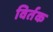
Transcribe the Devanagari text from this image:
विर्तक